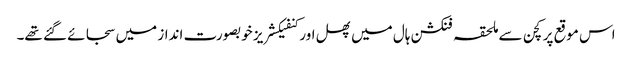
اس موقع پر کچن سے ملحقہ فنکشن ہال میں پھل اور کنفیکشریز خوبصورت انداز میں سجائے گئے تھے۔